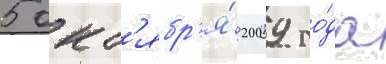
5 окт'ябр'я́ 2009 го́да